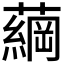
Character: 𮒔